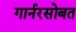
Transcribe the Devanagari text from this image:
गार्नरसोबत